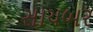
સાયબર